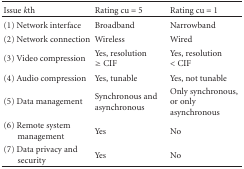
<table><thead><tr><td><b>Issue <i>k</i>th </b></td><td><b>Rating cu = 5 </b></td><td><b>Rating cu = 1 </b></td></tr></thead><tbody><tr><td>(1) Network interface </td><td>Broadband </td><td>Narrowband </td></tr><tr><td>(2) Network connection </td><td>Wireless </td><td>Wired </td></tr><tr><td>(3) Video compression </td><td>Yes, resolution ≥ CIF </td><td>Yes, resolution &lt; CIF </td></tr><tr><td>(4) Audio compression </td><td>Yes, tunable </td><td>Yes, not tunable </td></tr><tr><td>(5) Data management </td><td>Synchronous and asynchronous</td><td>Only synchronous, or only asynchronous</td></tr><tr><td>(6) Remote system management </td><td>Yes </td><td>No</td></tr><tr><td>(7) Data privacy and security </td><td>Yes </td><td>No</td></tr></tbody></table>